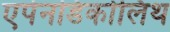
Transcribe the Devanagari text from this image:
एपेनडिकोलिथ